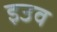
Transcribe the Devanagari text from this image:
इउव